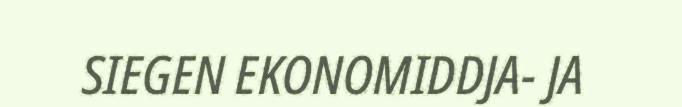
SIEGEN EKONOMIDDJA- JA